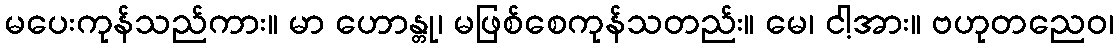
မပေးကုန်သည်ကား။ မာ ဟောန္တု၊ မဖြစ်စေကုန်သတည်း။ မေ၊ ငါ့အား။ ဗဟုတညေဝ၊